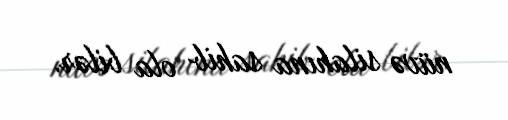
nüvə silahına sahib ola bilər.